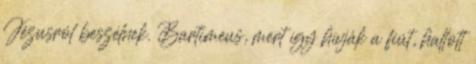
Jézusról beszélnek. Bartimeus, mert így hívják a fiút, hallott